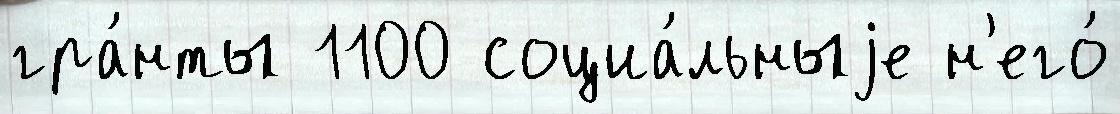
гра́нты 1100 социа́льныjе н'его́